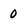
Character: 0